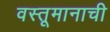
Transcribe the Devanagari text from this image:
वस्तूमानाची